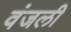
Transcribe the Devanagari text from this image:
वंजली